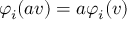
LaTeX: \varphi _ { i } ( a v ) = a \varphi _ { i } ( v )